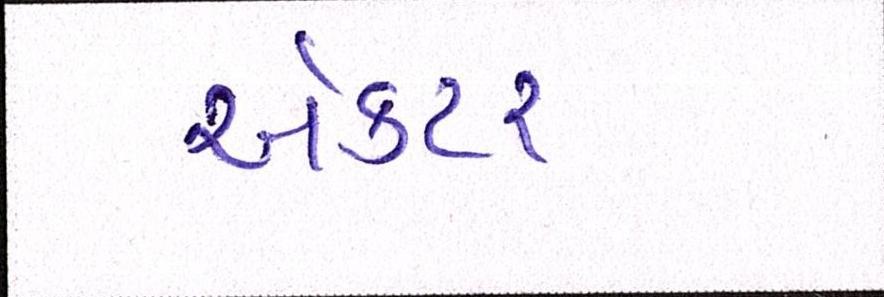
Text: ઍક્ટર